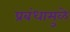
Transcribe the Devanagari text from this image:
प्रबंधामुळे